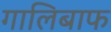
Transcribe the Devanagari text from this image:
गालिबाफ